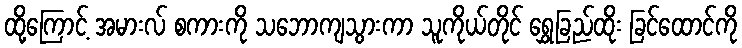
ထို့ကြောင့် အမားလ် စကားကို သဘောကျသွားကာ သူကိုယ်တိုင် ရွှေခြည်ထိုး ခြင်ထောင်ကို